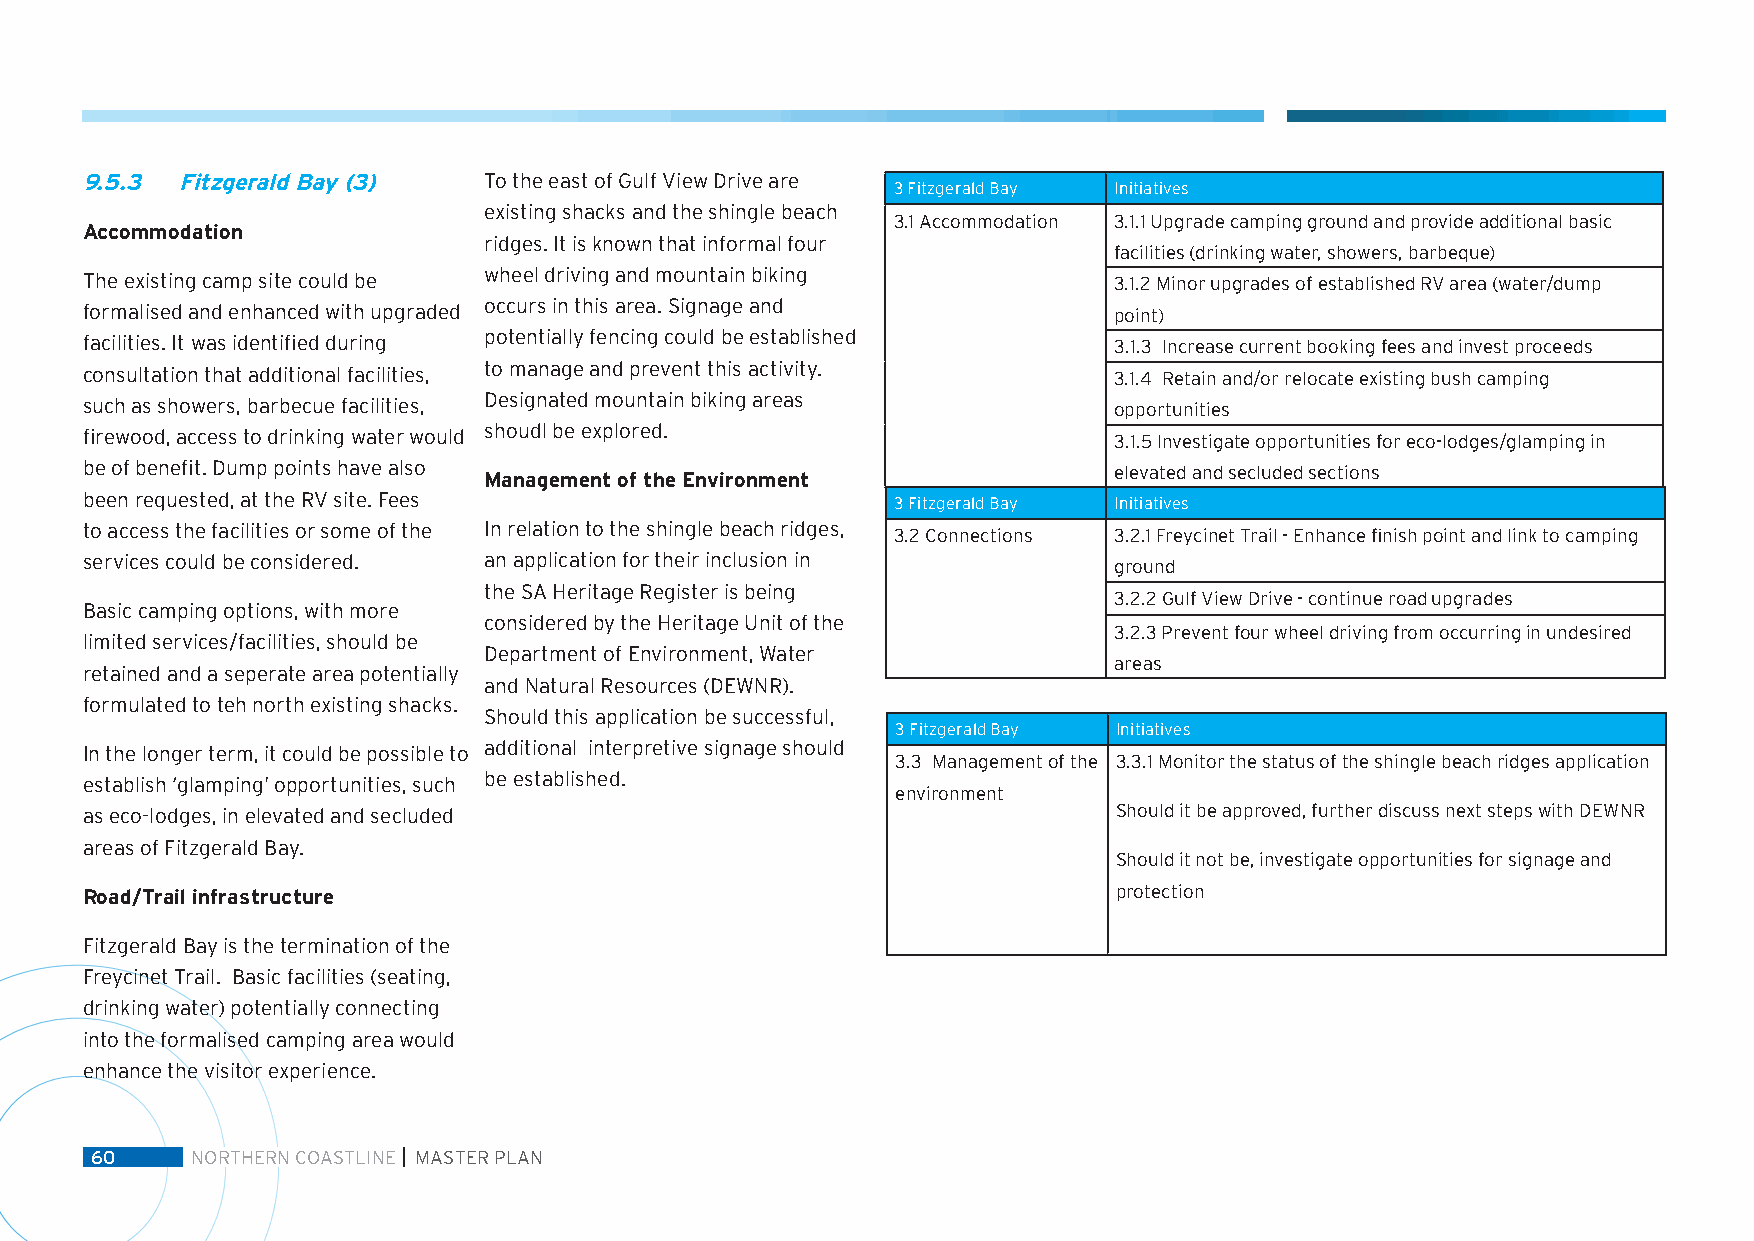
9.5.3  Fitzgerald Bay (3)  To the east of Gulf View Drive are
 3 Fitzgerald Bay Initiatives
 existing shacks and the shingle beach
 3.1 Accommodation 3.1.1 Upgrade camping ground and provide additional basic
 Accommodation
 ridges. It is known that informal four
 facilities (drinking water, showers, barbeque)
 The existing camp site could be wheel driving and mountain biking    3.1.2 Minor upgrades of established RV area (water/dump
 formalised and enhanced with upgraded occurs in this area. Signage and point)
 facilities. It was identified during potentially fencing could be established 3.1.3 Increase current booking fees and invest proceeds
 consultation that additional facilities, to manage and prevent this activity. 3.1.4 Retain and/or relocate existing bush camping
 such as showers, barbecue facilities, Designated mountain biking areas opportunities
 firewood, access to drinking water would shoudl be explored.         3.1.5 Investigate opportunities for eco-lodges/glamping in
 be of benefit. Dump points have also Management of the Environment   elevated and secluded sections
 been requested, at the RV site. Fees                  3 Fitzgerald Bay Initiatives
 to access the facilities or some of the In relation to the shingle beach ridges, 3.2 Connections 3.2.1 Freycinet Trail - Enhance finish point and link to camping
 services could be considered. an application for their inclusion in  ground
 the SA Heritage Register is being
 3.2.2 Gulf View Drive - continue road upgrades
 Basic camping options, with more
 considered by the Heritage Unit of the
 3.2.3 Prevent four wheel driving from occurring in undesired
 limited services/facilities, should be
 Department of Environment, Water
 areas
 retained and a seperate area potentially
 and Natural Resources (DEWNR).
 formulated to teh north existing shacks.
 Should this application be successful,
 3 Fitzgerald Bay Initiatives
 In the longer term, it could be possible to additional interpretive signage should
 3.3 Management of the 3.3.1 Monitor the status of the shingle beach ridges application
 establish ‘glamping’ opportunities, such be established.
 environment
 as eco-lodges, in elevated and secluded                              Should it be approved, further discuss next steps with DEWNR
 areas of Fitzgerald Bay.
 Should it not be, investigate opportunities for signage and
 Road/Trail infrastructure                                            protection
 Fitzgerald Bay is the termination of the
 Freycinet Trail. Basic facilities (seating,
 drinking water) potentially connecting
 into the formalised camping area would
 enhance the visitor experience.
 60     NORTHERN COASTLINE MASTER PLAN